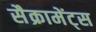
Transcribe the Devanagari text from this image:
सैक्रामेंट्स